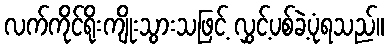
လက်ကိုင်ရိုးကျိုးသွားသဖြင့် လွှင့်ပစ်ခဲ့ပုံရသည်။